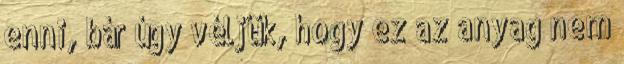
enni, bár úgy véljük, hogy ez az anyag nem